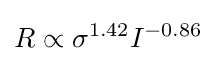
R\propto \sigma ^{1.42}I^{-0.86}